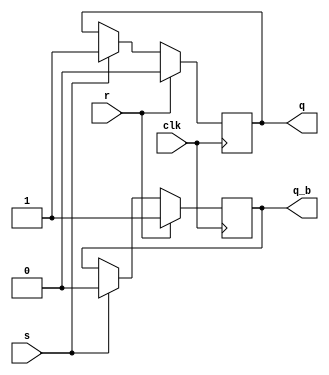
module sr_flipflop(
    input wire clk,
    input wire s,
    input wire r,
    output reg q,
    output reg q_b
);

always @(posedge clk) begin
    if(r) begin
        q <= 1'b0;
        q_b <= 1'b1;
    end else if(s) begin
        q <= 1'b1;
        q_b <= 1'b0;
    end
end

endmodule